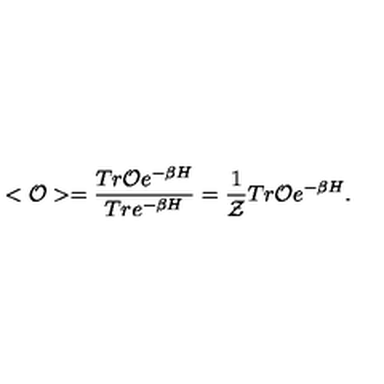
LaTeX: < { \cal O } > = \frac { T r { \cal O } e ^ { - \beta H } } { T r e ^ { - \beta H } } = \frac { 1 } { { \cal Z } } T r { \cal O } e ^ { - \beta H } .